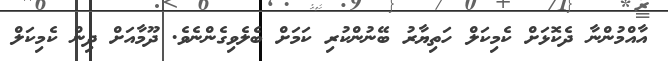
އާއްމުންނާ ދެކޮޅަށް ކެމިކަލް ހަތިޔާރު ބޭނުންކުރި ކަމަށް ބެލެވިގެންނެވެ. ދޫމާއަށް ދިން ކެމިކަލް